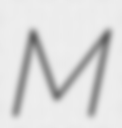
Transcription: M